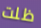
ظلت